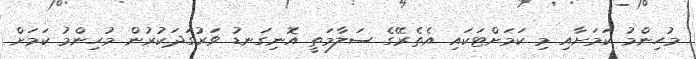
މުހިންމު ކަމަށާއި މި ކަމަށްޓަކައި އެތެރޭގެ ސަލާމަތީ އޮނިގަނޑު ވަރުގަދަކުރުން މުހިންމު ކަމަށް